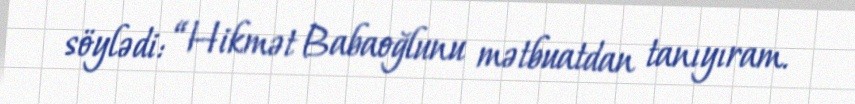
söylədi: “Hikmət Babaoğlunu mətbuatdan tanıyıram.